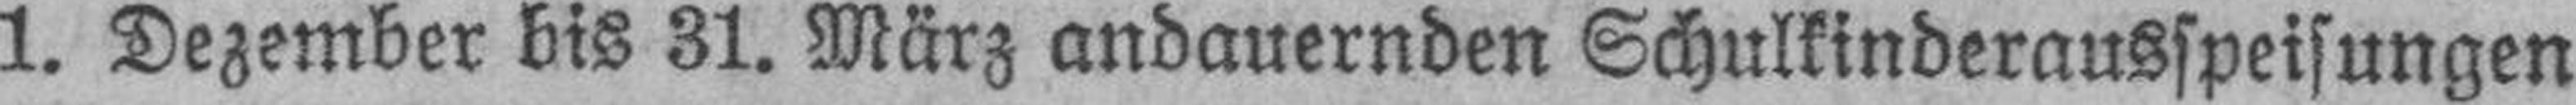
1. Dezember bis 31. März andauernden Schulkinderausspeisungen